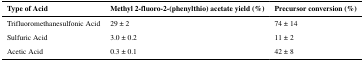
<table><thead><tr><td><b>Type of Acid</b></td><td><b>Methyl 2-fluoro-2-(phenylthio) acetate yield (%)</b></td><td><b>Precursor conversion (%)</b></td></tr></thead><tbody><tr><td>Trifluoromethanesulfonic Acid</td><td>29 ± 2</td><td>74 ± 14</td></tr><tr><td>Sulfuric Acid</td><td>3.0 ± 0.2</td><td>11 ± 2</td></tr><tr><td>Acetic Acid</td><td>0.3 ± 0.1</td><td>42 ± 8</td></tr></tbody></table>